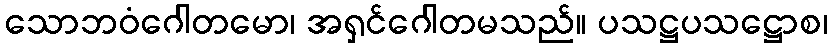
သောဘဝံဂေါတမော၊ အရှင်ဂေါတမသည်။ ပသဋ္ဌပသဋ္ဌောစ၊